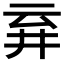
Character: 𬼾